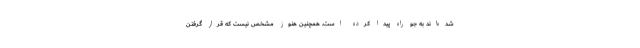
شده‌اند به جو راه پیدا کرده است. همچنین هنوز مشخص نیست که قرار گرفتن